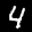
Label: 4